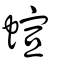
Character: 蝖